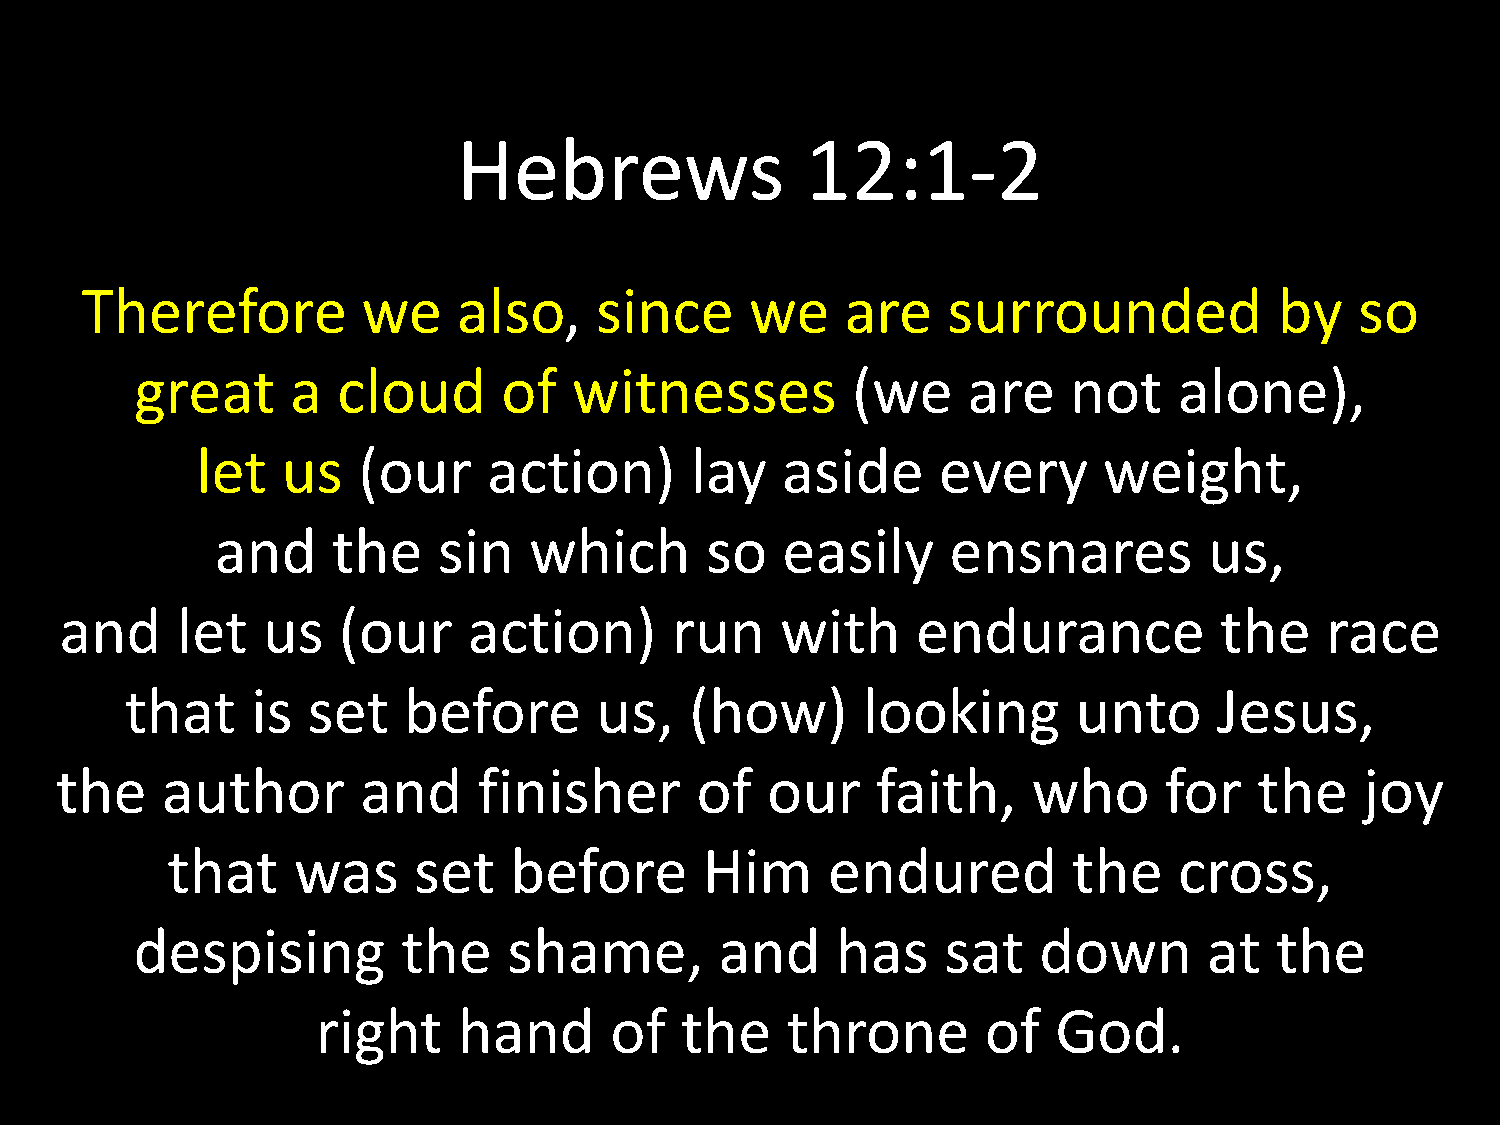
Hebrews                12:1-2
 Therefore          we    also,    since      we    are    surrounded            by   so
 great     a  cloud      of   witnesses         (we     are    not    alone),
 let   us   (our    action)       lay   aside     every      weight,
 and     the    sin   which       so   easily     ensnares         us,
 and     let  us   (our     action)      run     with     endurance           the    race
 that     is set    before      us,    (how)      looking       unto      Jesus,
 the    author       and     finisher      of   our    faith,    who      for   the    joy
 that    was     set    before       Him     endured         the    cross,
 despising         the    shame,        and    has     sat   down       at  the
 right    hand      of   the    throne       of   God.